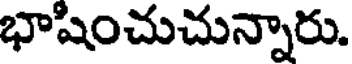
భాషించుచున్నారు.